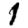
Digit: 1